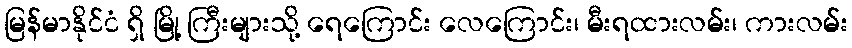
မြန်မာနိုင်ငံ ရှိ မြို့ ကြီးများသို့ ရေကြောင်း လေကြောင်း၊ မီးရထားလမ်း၊ ကားလမ်း